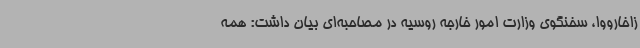
زاخارووا، سخنگوی وزارت امور خارجه روسیه در مصاحبه‌ای بیان داشت: همه